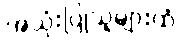
အသုံးပြုသူများထံ